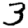
Digit: 3